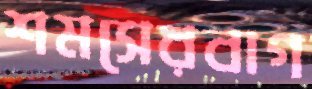
শমসেরবাগ